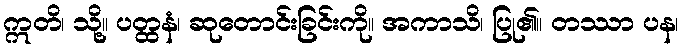
ဣတိ၊ သို့။ ပတ္ထနံ၊ ဆုတောင်းခြင်းကို။ အကာသိ၊ ပြု၏။ တဿာ ပန၊